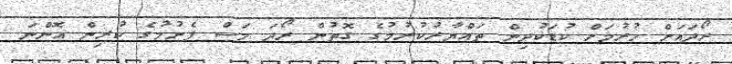
ރޯދައަށް ހުރުމަށް ކުޑަކުދިން ތައްޔާރުކުރުމުގެ ގޮތުން ރޯދަ މަސް ފެށުމުގެ ކުރިން އޮންނަ